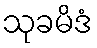
သုခမိဒံ